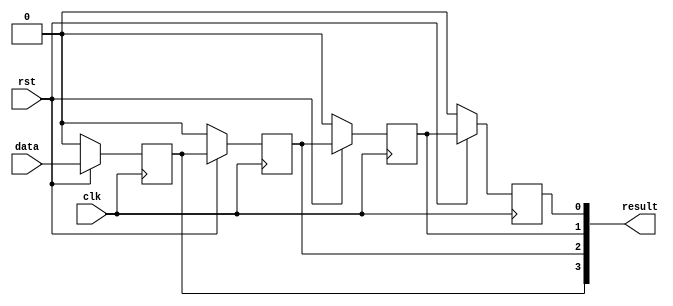
module shift_register(data,rst,clk,result);
  input data,rst,clk;
  output reg [3:0] result;   // register to hold the output values
  reg qa, qb, qc, qd;
  
  
  always@(*)
     begin
        result[3:0] = {qa,qb,qc,qd};
     end
     
    
  always@(posedge clk)
    begin
      if(rst == 0) 
         begin
            qa <= 1'b0;     // Good practice to use Non Blocking assignments inside clocked always blocks
            qb <= 1'b0;
            qc <= 1'b0;
            qd <= 1'b0;
         end
       
       else
          begin
            qa <= data;
            qb <= qa;
            qc <= qb;
            qd <= qc;
          end
    end
endmodule